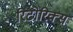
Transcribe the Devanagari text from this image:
रिटोरिक्स